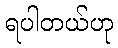
ရပါတယ်ဟု